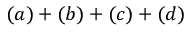
( a ) + ( b ) + ( c ) + ( d )